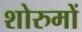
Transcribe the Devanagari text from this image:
शोरुमों